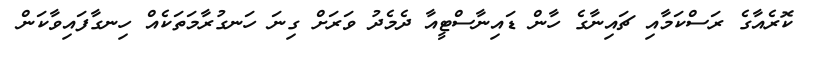
ކޮރެއާގެ ރަސްކަމާއި ޗައިނާގެ ހާން ޑައިނާސްޓީއާ ދެމެދު ވަރަށް ގިނަ ހަނގުރާމަތަކެއް ހިނގާފައިވާކަން